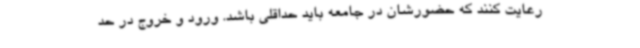
رعایت کنند که حضورشان در جامعه باید حداقلی باشد. ورود و خروج در حد